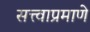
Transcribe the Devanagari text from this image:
सत्त्वाप्रमाणे